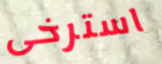
استرخى